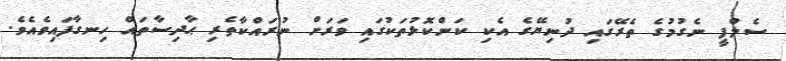
ސެލްފީ ނެގުމުގެ ތެރޭގައި ދުނިޔޭގެ އެކި ކަންކޮޅުތަކުގައި ވަރަށް ނުރައްކާތެރި ޙާދިސާތައް ހިނގާފައިވެއެވެ.